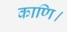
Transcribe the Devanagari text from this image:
काणि।